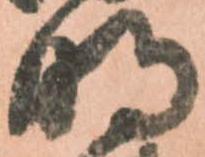
明